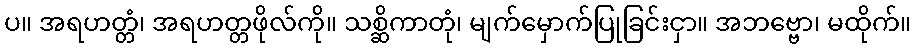
ပ။ အရဟတ္တံ၊ အရဟတ္တဖိုလ်ကို။ သစ္ဆိကာတုံ၊ မျက်မှောက်ပြုခြင်းငှာ။ အဘဗ္ဗော၊ မထိုက်။